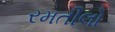
રમતીલો